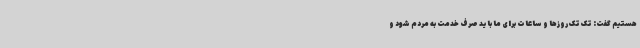
هستیم گفت: تک تک روزها و ساعات برای ما باید صرف خدمت به مردم شود و